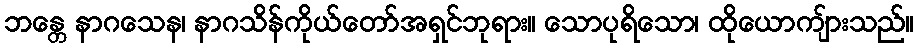
ဘန္တေ နာဂသေန၊ နာဂသိန်ကိုယ်တော်အရှင်ဘုရား။ သောပုရိသော၊ ထိုယောကျ်ားသည်။